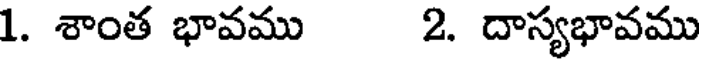
1. శాంత భావము 2. దాస్యభావము